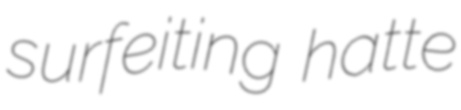
surfeiting hatte